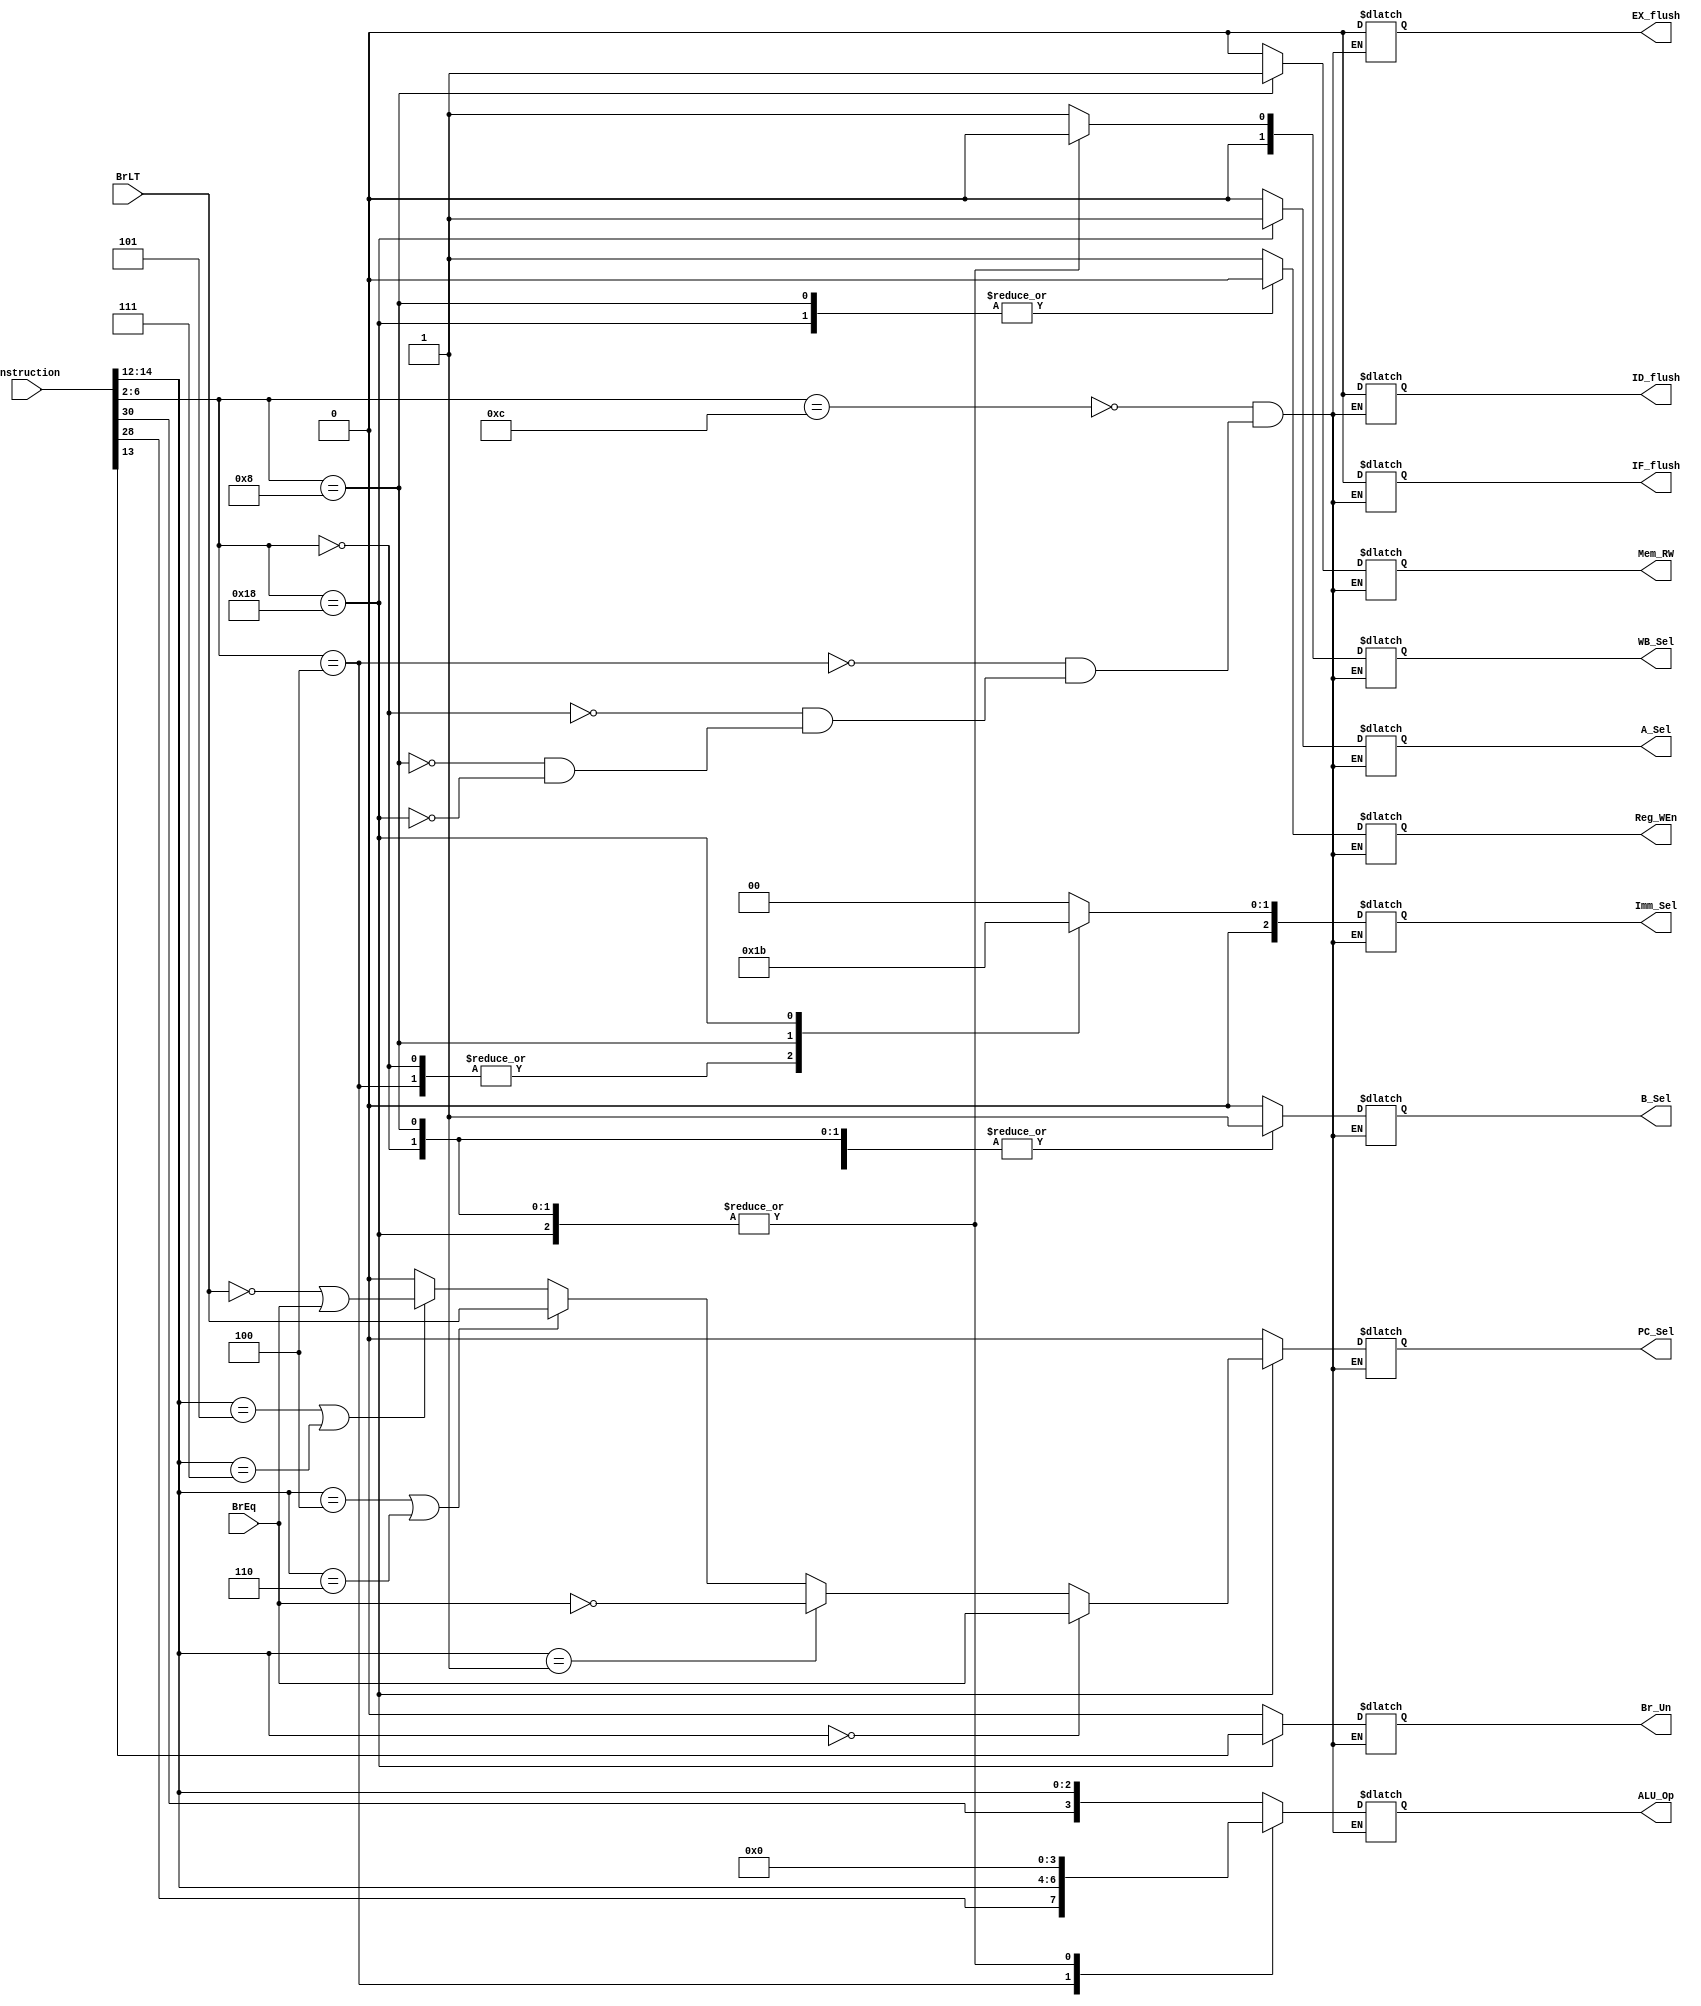
`timescale 1ns / 1ps
//////////////////////////////////////////////////////////////////////////////////
// Company: 
// Engineer: 
// 
// Design Name: 
// Module Name: Control
// Project Name: 
// Target Devices: 
// Tool Versions: 
// Description: 
// 
// Dependencies: 
// 
// Revision:
// Revision 0.01 - File Created
// Additional Comments:
// 
//////////////////////////////////////////////////////////////////////////////////


module Control(PC_Sel, Imm_Sel, Reg_WEn, Br_Un, A_Sel, B_Sel, ALU_Op, Mem_RW, WB_Sel, IF_flush, ID_flush, EX_flush, Instruction, BrEq, BrLT);

input   [31:0]  Instruction;
input   BrEq, BrLT;

output reg [3:0]ALU_Op;
output reg [2:0]Imm_Sel;
output reg [1:0]WB_Sel;
output reg PC_Sel, Br_Un;
output reg A_Sel, B_Sel;
output reg Reg_WEn, Mem_RW;
output reg IF_flush, ID_flush, EX_flush;


wire [4:0]  OpCode  = Instruction[6:2];
wire [2:0]  funct3  = Instruction[14:12];
wire        r_funct7  = Instruction[30]; //bit for sub and sra
wire        i_funct7 = Instruction[28]; // bit for sra

//OpCode Instructions
parameter r_type    = 5'b01100;
parameter i_type    = 5'b00100;
parameter load      = 5'b00000;
parameter store     = 5'b01000;
parameter b_type    = 5'b11000;
parameter jal       = 5'b11011;
parameter jalr      = 5'b11001;
parameter lui       = 5'b01101;
parameter auipc     = 5'b00101;
parameter envir     = 5'b11100;

//Immediate types
parameter i_imm = 3'd1;
parameter s_imm = 3'd2;
parameter b_imm = 3'd3;
parameter u_imm = 3'd4;
parameter j_imm = 3'd5;

always @(Instruction, BrEq, BrLT) begin
    case (OpCode)
        r_type: begin
            ALU_Op  = {r_funct7, funct3};
            A_Sel   = 0;
            B_Sel   = 0;
            Imm_Sel = 0;
            Reg_WEn = 1;
            Mem_RW  = 0;
            WB_Sel  = 2'b01;//write back alu
            PC_Sel  = 0;
            Br_Un   = 0;
            
            IF_flush= 0;
            ID_flush= 0;
            EX_flush= 0;
            end
        i_type: begin
            ALU_Op  = {i_funct7, funct3};
            A_Sel   = 0;
            B_Sel   = 1;
            Imm_Sel = i_imm;
            Reg_WEn = 1;
            Mem_RW  = 0;
            WB_Sel  = 2'b01; //write back alu
            PC_Sel  = 0;
            Br_Un   = 0;
            
            IF_flush= 0;
            ID_flush= 0;
            EX_flush= 0;
            end
        load: begin
            ALU_Op  = 4'd0;
            A_Sel   = 0;
            B_Sel   = 1;
            Imm_Sel = i_imm;
            Reg_WEn = 1;
            Mem_RW  = 0;
            WB_Sel  = 2'b0; //write back mem
            PC_Sel  = 0;
            Br_Un   = 0;
            
            IF_flush= 0;
            ID_flush= 0;
            EX_flush= 0;
            end
        store: begin
            ALU_Op  = 4'd0;
            A_Sel   = 0;
            B_Sel   = 1;
            Imm_Sel = s_imm;
            Reg_WEn = 0;
            Mem_RW  = 1;
            WB_Sel  = 0; //dont care
            PC_Sel  = 0;
            Br_Un   = 0;
            
            IF_flush= 0;
            ID_flush= 0;
            EX_flush= 0;
            end
        b_type: begin
            ALU_Op  = 4'd0;
            A_Sel   = 1;
            B_Sel   = 1;
            Imm_Sel = b_imm;
            Reg_WEn = 0;
            Mem_RW  = 0;
            WB_Sel  = 0;
            if (funct3 == 3'b000)
                PC_Sel = BrEq;          //beq
            else if (funct3 == 3'b001)
                PC_Sel = ~BrEq;         //bne
            else if (funct3 == 3'b100 || funct3 == 3'b110)
                PC_Sel = BrLT;          //blt & bltu
            else if (funct3 == 3'b101 || funct3 == 3'b111)
                PC_Sel = ~BrLT | BrEq;  //bge & bgeu
            else PC_Sel = 0;
            Br_Un   = funct3[1];
            
            IF_flush= 0;
            ID_flush= 0;
            EX_flush= 0;
            end
    /*    r_type: begin
            ALU_Op  = 0;
            A_Sel   = 0;
            B_Sel   = 0;
            Imm_Sel = 0;
            Reg_WEn = 0;
            Mem_RW  = 0;
            WB_Sel  = 0;
            PC_Sel  = 0;
            Br_Un   = 0;
            IF_flush= 0;
            ID_flush= 0;
            EX_flush= 0;
            end
        r_type: begin
            ALU_Op  = 0;
            A_Sel   = 0;
            B_Sel   = 0;
            Imm_Sel = 0;
            Reg_WEn = 0;
            Mem_RW  = 0;
            WB_Sel  = 0;
            PC_Sel  = 0;
            Br_Un   = 0;
            IF_flush= 0;
            ID_flush= 0;
            EX_flush= 0;
            end
        r_type: begin
            ALU_Op  = 0;
            A_Sel   = 0;
            B_Sel   = 0;
            Imm_Sel = 0;
            Reg_WEn = 0;
            Mem_RW  = 0;
            WB_Sel  = 0;
            PC_Sel  = 0;
            Br_Un   = 0;
            IF_flush= 0;
            ID_flush= 0;
            EX_flush= 0;
            end
        r_type: begin
            ALU_Op  = 0;
            A_Sel   = 0;
            B_Sel   = 0;
            Imm_Sel = 0;
            Reg_WEn = 0;
            Mem_RW  = 0;
            WB_Sel  = 0;
            PC_Sel  = 0;
            Br_Un   = 0;
            IF_flush= 0;
            ID_flush= 0;
            EX_flush= 0;
            end
        r_type: begin
            ALU_Op  = 0;
            A_Sel   = 0;
            B_Sel   = 0;
            Imm_Sel = 0;
            Reg_WEn = 0;
            Mem_RW  = 0;
            WB_Sel  = 0;
            PC_Sel  = 0;
            Br_Un   = 0;
            IF_flush= 0;
            ID_flush= 0;
            EX_flush= 0;
            end*/
    endcase
 end
endmodule